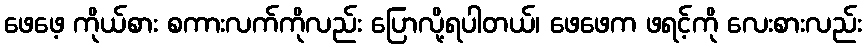
ဖေဖေ့ ကိုယ်စား စကားလက်ကိုလည်း ပြောလို့ရပါတယ်၊ ဖေဖေက ဖရင့်ကို လေးစားလည်း